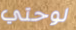
لوحتي